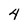
Character: 4